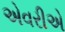
એવરીએ